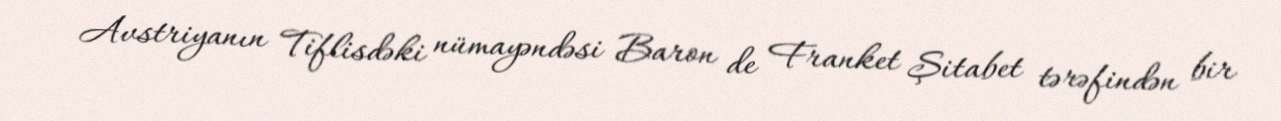
Avstriyanın Tiflisdəki nümayəndəsi Baron de Franket Şitabet tərəfindən bir